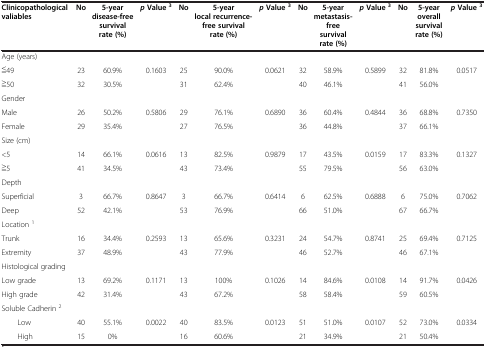
<table><thead><tr><td><b>Clinicopathological valiables</b></td><td><b>No</b></td><td><b>5-year disease-free survival rate (%)</b></td><td><b><i>p </i>Value <sup>3</sup></b></td><td><b>No</b></td><td><b>5-year local recurrence-free survival rate (%)</b></td><td><b><i>p </i>Value <sup>3</sup></b></td><td><b>No</b></td><td><b>5-year metastasis-free survival rate (%)</b></td><td><b><i>p </i>Value <sup>3</sup></b></td><td><b>No</b></td><td><b>5-year overall survival rate (%)</b></td><td><b><i>p </i>Value <sup>3</sup></b></td></tr></thead><tbody><tr><td>Age (years)</td><td> </td><td> </td><td> </td><td> </td><td> </td><td> </td><td> </td><td> </td><td> </td><td> </td><td> </td><td> </td></tr><tr><td>≦49</td><td>23</td><td>60.9%</td><td rowspan="2">0.1603</td><td>25</td><td>90.0%</td><td rowspan="2">0.0621</td><td>32</td><td>58.9%</td><td rowspan="2">0.5899</td><td>32</td><td>81.8%</td><td rowspan="2">0.0517</td></tr><tr><td>≧50</td><td>32</td><td>30.5%</td><td>31</td><td>62.4%</td><td>40</td><td>46.1%</td><td>41</td><td>56.0%</td></tr><tr><td>Gender</td><td> </td><td> </td><td> </td><td> </td><td> </td><td> </td><td> </td><td> </td><td> </td><td> </td><td> </td><td> </td></tr><tr><td>Male</td><td>26</td><td>50.2%</td><td rowspan="2">0.5806</td><td>29</td><td>76.1%</td><td rowspan="2">0.6890</td><td>36</td><td>60.4%</td><td rowspan="2">0.4844</td><td>36</td><td>68.8%</td><td rowspan="2">0.7350</td></tr><tr><td>Female</td><td>29</td><td>35.4%</td><td>27</td><td>76.5%</td><td>36</td><td>44.8%</td><td>37</td><td>66.1%</td></tr><tr><td>Size (cm)</td><td> </td><td> </td><td> </td><td> </td><td> </td><td> </td><td> </td><td> </td><td> </td><td> </td><td> </td><td> </td></tr><tr><td>&lt;5</td><td>14</td><td>66.1%</td><td rowspan="2">0.0616</td><td>13</td><td>82.5%</td><td rowspan="2">0.9879</td><td>17</td><td>43.5%</td><td rowspan="2">0.0159</td><td>17</td><td>83.3%</td><td rowspan="2">0.1327</td></tr><tr><td>≧5</td><td>41</td><td>34.5%</td><td>43</td><td>73.4%</td><td>55</td><td>79.5%</td><td>56</td><td>63.0%</td></tr><tr><td>Depth</td><td> </td><td> </td><td> </td><td> </td><td> </td><td> </td><td> </td><td> </td><td> </td><td> </td><td> </td><td> </td></tr><tr><td>Superficial</td><td>3</td><td>66.7%</td><td rowspan="2">0.8647</td><td>3</td><td>66.7%</td><td rowspan="2">0.6414</td><td>6</td><td>62.5%</td><td rowspan="2">0.6888</td><td>6</td><td>75.0%</td><td rowspan="2">0.7062</td></tr><tr><td>Deep</td><td>52</td><td>42.1%</td><td>53</td><td>76.9%</td><td>66</td><td>51.0%</td><td>67</td><td>66.7%</td></tr><tr><td>Location <sup>1</sup></td><td> </td><td> </td><td> </td><td> </td><td> </td><td> </td><td> </td><td> </td><td> </td><td> </td><td> </td><td> </td></tr><tr><td>Trunk</td><td>16</td><td>34.4%</td><td rowspan="2">0.2593</td><td>13</td><td>65.6%</td><td rowspan="2">0.3231</td><td>24</td><td>54.7%</td><td rowspan="2">0.8741</td><td>25</td><td>69.4%</td><td rowspan="2">0.7125</td></tr><tr><td>Extremity</td><td>37</td><td>48.9%</td><td>43</td><td>77.9%</td><td>46</td><td>52.7%</td><td>46</td><td>67.1%</td></tr><tr><td>Histological grading</td><td> </td><td> </td><td> </td><td> </td><td> </td><td> </td><td> </td><td> </td><td> </td><td> </td><td> </td><td> </td></tr><tr><td>Low grade</td><td>13</td><td>69.2%</td><td rowspan="2">0.1171</td><td>13</td><td>100%</td><td rowspan="2">0.1026</td><td>14</td><td>84.6%</td><td rowspan="2">0.0108</td><td>14</td><td>91.7%</td><td rowspan="2">0.0426</td></tr><tr><td>High grade</td><td>42</td><td>31.4%</td><td>43</td><td>67.2%</td><td>58</td><td>58.4%</td><td>59</td><td>60.5%</td></tr><tr><td>Soluble Cadherin <sup>2</sup></td><td> </td><td> </td><td> </td><td> </td><td> </td><td> </td><td> </td><td> </td><td> </td><td> </td><td> </td><td> </td></tr><tr><td>Low</td><td>40</td><td>55.1%</td><td>0.0022</td><td>40</td><td>83.5%</td><td>0.0123</td><td>51</td><td>51.0%</td><td>0.0107</td><td>52</td><td>73.0%</td><td>0.0334</td></tr><tr><td>High</td><td>15</td><td>0%</td><td> </td><td>16</td><td>60.6%</td><td> </td><td>21</td><td>34.9%</td><td> </td><td>21</td><td>50.4%</td><td> </td></tr></tbody></table>